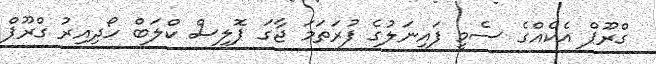
ގްރޫޕް އެކެއްގެ ސެމީ ފައިނަލުގެ ފުރަތަމަ ޖާގަ ޕޮލިސް ކްލަބް ހޯދިއިރު ގްރޫޕް